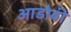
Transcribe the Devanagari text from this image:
आडोबी